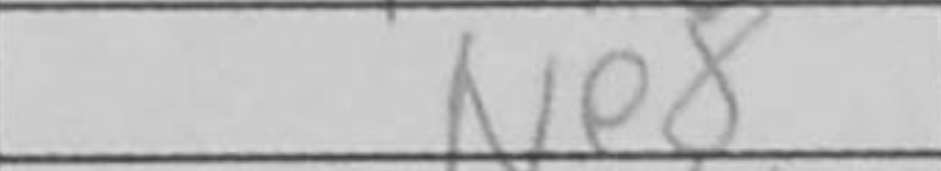
Transcription: Ne8